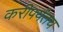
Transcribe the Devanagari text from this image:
करीपर्यंतच